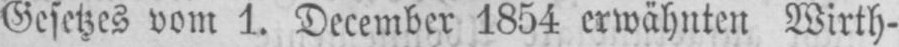
Gesetzes vom 1. December 1854 erwähnten Wirth-